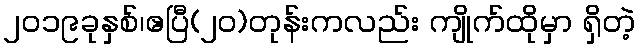
၂၀၁၉ခုနှစ်၊ဧပြီ(၂၀)တုန်းကလည်း ကျိုက်ထိုမှာ ရှိတဲ့